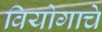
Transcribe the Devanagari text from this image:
वियोगाचे